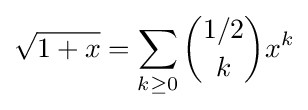
{\sqrt {1+x}}=\sum _{k\geq 0}{\binom {1/2}{k}}x^{k}